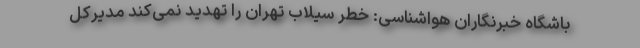
باشگاه خبرنگاران هواشناسی: خطر سیلاب تهران را تهدید نمی‌کند مدیرکل